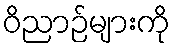
ဝိညာဉ်များကို